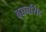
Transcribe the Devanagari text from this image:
बच्चनसिंह